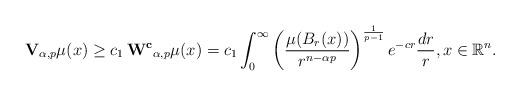
LaTeX: \begin{align*} \mathbf{V}_{\alpha, p}\mu(x) \ge c_1 \, \mathbf{W^{c}}_{\alpha, p}\mu(x)=c_1 \int_0^{\infty} \left(\frac{\mu(B_r(x))}{r^{n-\alpha p}}\right)^{\frac{1}{p-1}}e^{-c r} \frac{dr}{r}, x \in \mathbb{R}^n. \end{align*}